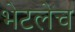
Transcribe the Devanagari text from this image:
भेटलेच